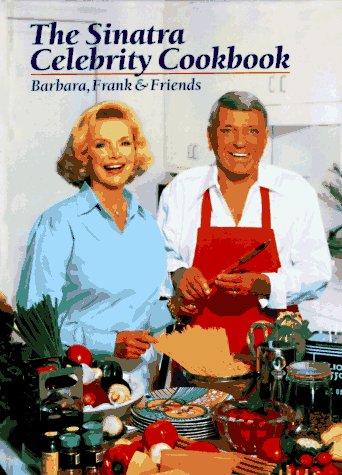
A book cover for The Sinatra Celebrity Cookbook: Barbara, Frank & Friends; Cookbooks, Food & Wine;